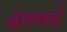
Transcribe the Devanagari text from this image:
बॉशबर्ड